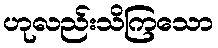
ဟုလည်းသိကြသော